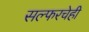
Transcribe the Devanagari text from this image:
सल्फरचेही